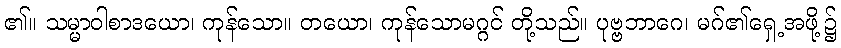
၏။ သမ္မာဝါစာဒယော၊ ကုန်သော။ တယော၊ ကုန်သောမဂ္ဂင် တို့သည်။ ပုဗ္ဗဘာဂေ၊ မဂ်၏ရှေ့အဖို့၌